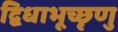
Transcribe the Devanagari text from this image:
द्विधाभूच्छृणु